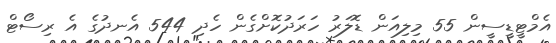
އެމްޓީޑީސީން 55 މިލިއަން ޑޮލަރު ހަރަދުކޮށްގެން ހެދި 544 އެނދުގެ އެ ރިސޯޓް